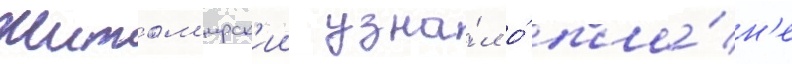
Житом'ирск'ии узна́л о́ пла́н'е